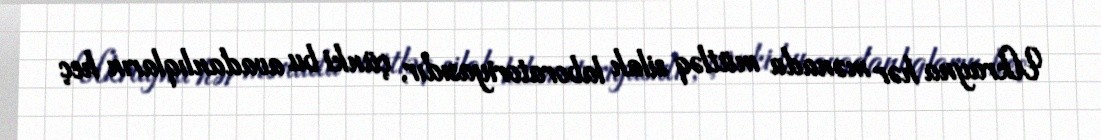
Ukrayna hər mənada mütləq silah laboratoriyasıdır, çünki bu avadanlıqların heç